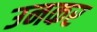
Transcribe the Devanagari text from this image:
उनकर